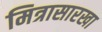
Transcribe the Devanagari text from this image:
मित्रासारखा